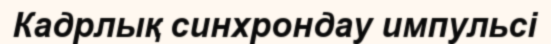
Кадрлық синхрондау импульсі